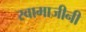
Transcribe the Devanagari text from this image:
स्वामाजीनी